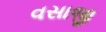
વસાજી